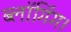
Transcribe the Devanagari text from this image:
ब्लॉगिंग।